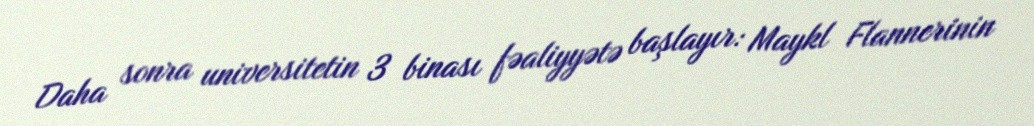
Daha sonra universitetin 3 binası fəaliyyətə başlayır: Maykl Flannerinin